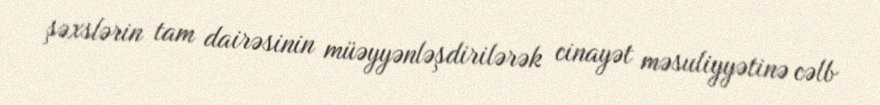
şəxslərin tam dairəsinin müəyyənləşdirilərək cinayət məsuliyyətinə cəlb